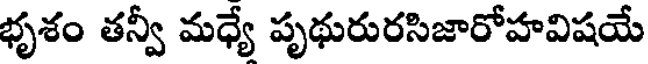
భృశం తన్వీ మధ్యే పృథురురసిజారోహవిషయే